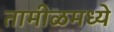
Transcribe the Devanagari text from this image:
तामीळमध्ये